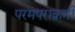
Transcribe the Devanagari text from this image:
परमपराक्रमी